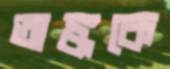
অঙ্ককে